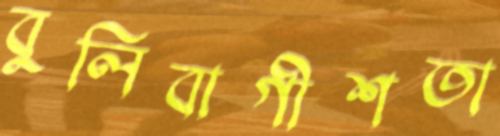
বুলিবাগীশতা